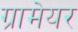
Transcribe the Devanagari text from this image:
ग्रामेयर